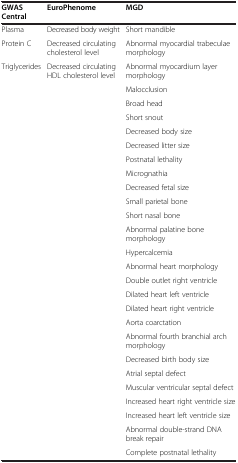
| GWAS Central | EuroPhenome | MGD |
 | --- | --- | --- |
 | Plasma | Decreased body weight | Short mandible |
 | Protein C | Decreased circulating cholesterol level | Abnormal myocardial trabeculae morphology |
 | Triglycerides | Decreased circulating HDL cholesterol level | Abnormal myocardium layer morphology |
 |  |  | Malocclusion |
 |  |  | Broad head |
 |  |  | Short snout |
 |  |  | Decreased body size |
 |  |  | Decreased litter size |
 |  |  | Postnatal lethality |
 |  |  | Micrognathia |
 |  |  | Decreased fetal size |
 |  |  | Small parietal bone |
 |  |  | Short nasal bone |
 |  |  | Abnormal palatine bone morphology |
 |  |  | Hypercalcemia |
 |  |  | Abnormal heart morphology |
 |  |  | Double outlet right ventricle |
 |  |  | Dilated heart left ventricle |
 |  |  | Dilated heart right ventricle |
 |  |  | Aorta coarctation |
 |  |  | Abnormal fourth branchial arch morphology |
 |  |  | Decreased birth body size |
 |  |  | Atrial septal defect |
 |  |  | Muscular ventricular septal defect |
 |  |  | Increased heart right ventricle size |
 |  |  | Increased heart left ventricle size |
 |  |  | Abnormal double-strand DNA break repair |
 |  |  | Complete postnatal lethality |